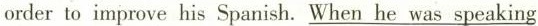
order to improve his Spanish. When he was speaking